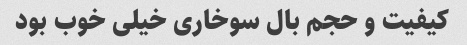
کیفیت و حجم بال سوخاری خیلی خوب بود